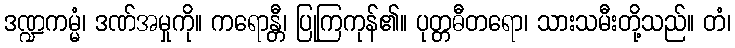
ဒဏ္ဍကမ္မံ၊ ဒဏ်အမှုကို။ ကရောန္တီ၊ ပြုကြကုန်၏။ ပုတ္တဓီတရော၊ သားသမီးတို့သည်။ တံ၊